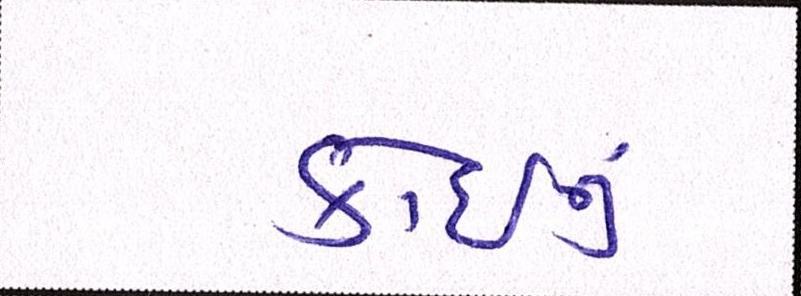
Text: કોઈનું